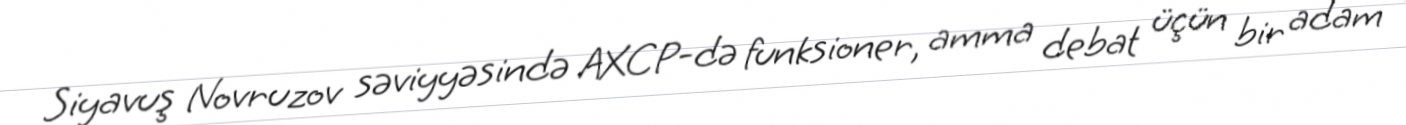
Siyavuş Novruzov səviyyəsində AXCP-də funksioner, amma debat üçün bir adam